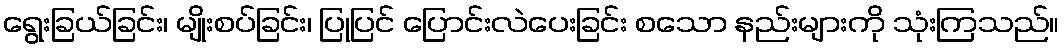
ရွေးခြယ်ခြင်း၊ မျိုးစပ်ခြင်း၊ ပြုပြင် ပြောင်းလဲပေးခြင်း စသော နည်းများကို သုံးကြသည်။